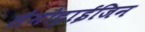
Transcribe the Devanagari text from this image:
लैमोट्राईजिन